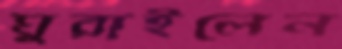
ঘুরাইলেন